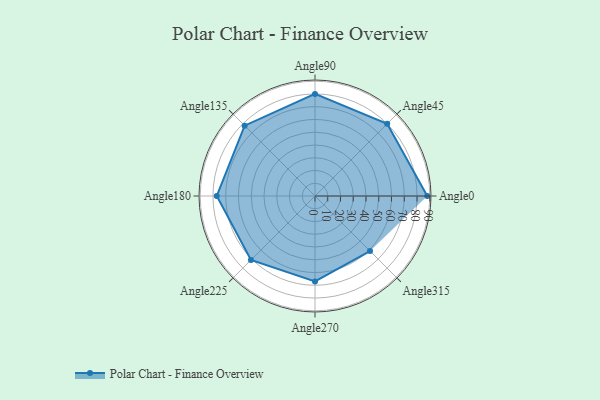
{"axis": {"x": "Angle", "y": "Radius"}, "legend": [""], "data": [{"x": "Angle0", "y": 88.0, "type": ""}, {"x": "Angle45", "y": 80.0, "type": ""}, {"x": "Angle90", "y": 80.0, "type": ""}, {"x": "Angle135", "y": 78.0, "type": ""}, {"x": "Angle180", "y": 77.0, "type": ""}, {"x": "Angle225", "y": 71.0, "type": ""}, {"x": "Angle270", "y": 67.0, "type": ""}, {"x": "Angle315", "y": 61.0, "type": ""}]}